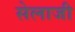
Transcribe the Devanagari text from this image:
सेलाजी